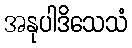
အနုပါဒိသေသံ